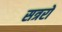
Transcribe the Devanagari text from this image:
सत्ररों